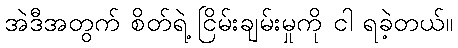
အဲဒီအတွက် စိတ်ရဲ့ ငြိမ်းချမ်းမှုကို ငါ ရခဲ့တယ်။